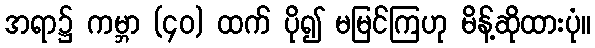
အရာ၌ ကမ္ဘာ (၄၀) ထက် ပို၍ မမြင်ကြဟု မိန့်ဆိုထားပုံ။